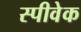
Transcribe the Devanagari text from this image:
स्पीवेक